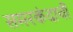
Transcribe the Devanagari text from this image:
समरकंदाची